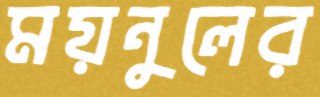
ময়নুলের